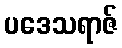
ပဒေသရာဇ်